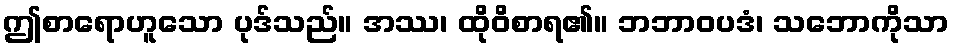
ဤစာရောဟူသော ပုဒ်သည်။ အဿ၊ ထိုဝိစာရ၏။ ဘဘာဝပဒံ၊ သဘောကိုသာ